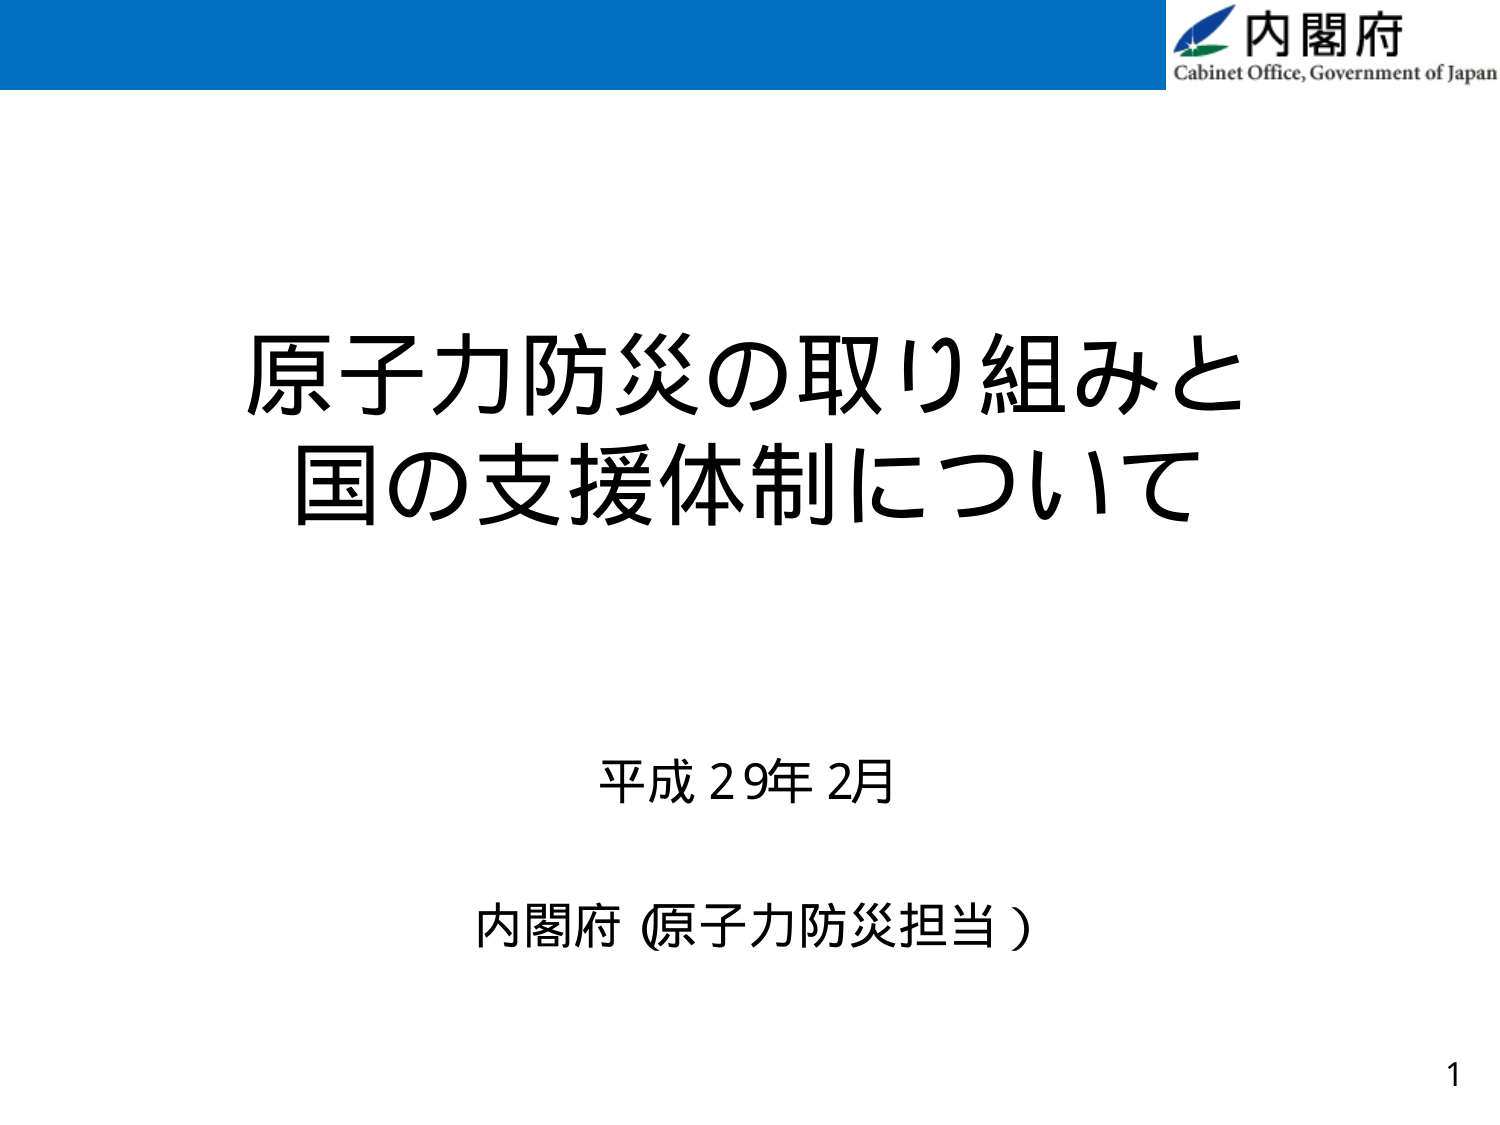
内閣府
Cabinet Office, Government of Japan

原子力防災の取り組みと
国の支援体制について

平成29年2月
内閣府（原子力防災担当）

1